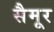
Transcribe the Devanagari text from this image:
सैमूर